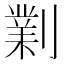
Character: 𠟪